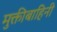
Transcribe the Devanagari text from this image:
मुक्तीबाहिनी